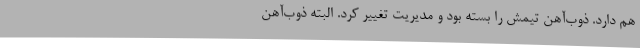
هم دارد. ذوب‌آهن تیمش را بسته بود و مدیریت تغییر کرد. البته ذوب‌آهن